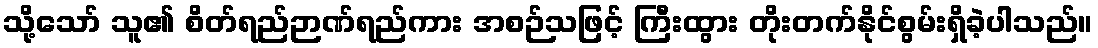
သို့သော် သူ၏ စိတ်ရည်ဉာဏ်ရည်ကား အစဉ်သဖြင့် ကြီးထွား တိုးတက်နိုင်စွမ်းရှိခဲ့ပါသည်။